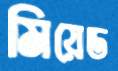
মিয়েড